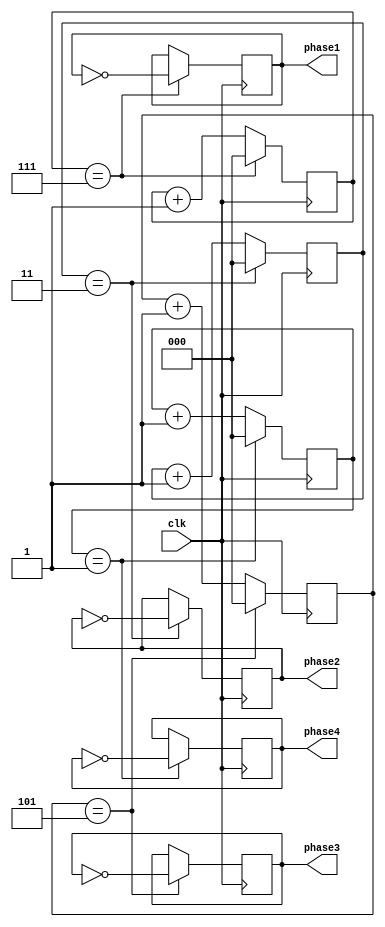
module multi_phase_clock_divider (
    input wire clk,
    output reg phase1,
    output reg phase2,
    output reg phase3,
    output reg phase4
);

reg [2:0] counter1;
reg [2:0] counter2;
reg [2:0] counter3;
reg [2:0] counter4;

always @(posedge clk) begin
    if (counter1 == 3'b111) begin
        counter1 <= 0;
        phase1 <= ~phase1;
    end else begin
        counter1 <= counter1 + 1;
    end
    
    if (counter2 == 3'b011) begin
        counter2 <= 0;
        phase2 <= ~phase2;
    end else begin
        counter2 <= counter2 + 1;
    end
    
    if (counter3 == 3'b101) begin
        counter3 <= 0;
        phase3 <= ~phase3;
    end else begin
        counter3 <= counter3 + 1;
    end
    
    if (counter4 == 3'b001) begin
        counter4 <= 0;
        phase4 <= ~phase4;
    end else begin
        counter4 <= counter4 + 1;
    end
end

endmodule